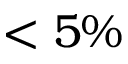
< 5 \%